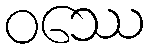
ဝဿေ